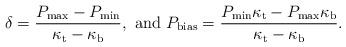
LaTeX: \begin{align*}\delta=\frac{P_{\rm max}-P_{\rm min}}{\kappa_{\rm t}-\kappa_{\rm b}}, \,\, {\rm and} \,\, P_{\rm bias}=\frac{P_{\rm min}\kappa_{\rm t}-P_{\rm max}\kappa_{\rm b}}{\kappa_{\rm t}-\kappa_{\rm b}}.\end{align*}